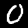
Digit: 0